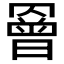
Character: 𦌘